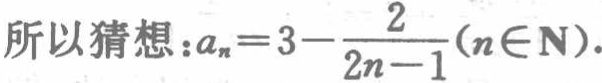
所以猜想：\(a_{n}=3 - \frac{2}{2n - 1}(n\in\mathbf{N})\).